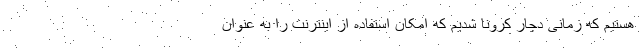
هستیم که زمانی دچار کرونا شدیم که امکان استفاده از اینترنت را به عنوان